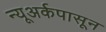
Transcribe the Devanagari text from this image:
न्यूअर्कपासून